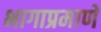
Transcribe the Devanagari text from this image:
भागाप्रमाणे